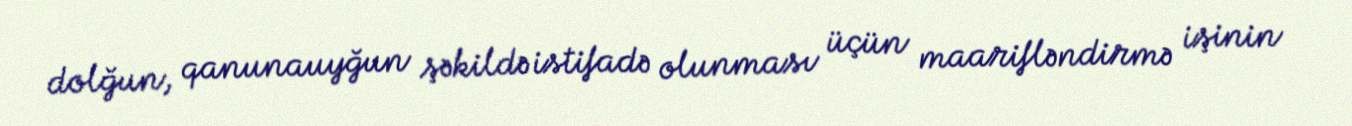
dolğun, qanunauyğun şəkildə istifadə olunması üçün maarifləndirmə işinin